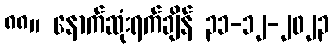
၈၈။ နောက်ဆုံးရက်ချိန် ၃၁-၁၂-၂၀၂၃